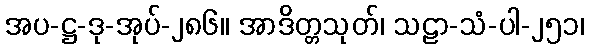
အပ-ဋ္ဌ-ဒု-အုပ်-၂၈၆။ အာဒိတ္တသုတ်၊ သဠာ-သံ-ပါ-၂၅၁၊